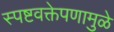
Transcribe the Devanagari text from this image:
स्पष्टवक्तेपणामुळे